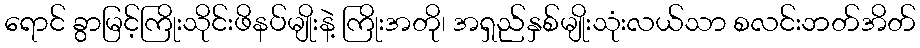
ရောင် ခွာမြင့်ကြိုးသိုင်းဖိနပ်မျိုးနဲ့ ကြိုးအတို၊ အရှည်နှစ်မျိုးသုံးလယ်သာ စလင်းဘတ်အိတ်